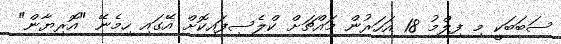
ސަބަބަކީ މި ފިލްމު 18 އަހަރުން މައްޗަށް ކްލެސިފައިކޮށް އޭގައި ހިމެނޭ "އޮރިޔާން"